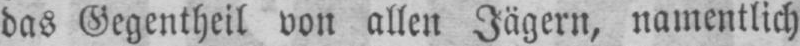
das Gegentheil von allen Jägern, namentlich